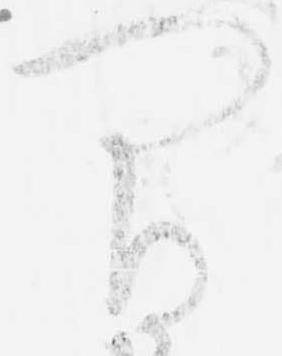
間